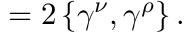
= 2 \left\{ \gamma ^ { \nu } , \gamma ^ { \rho } \right\} .